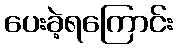
ပေးခဲ့ရကြောင်း